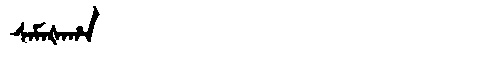
Manchu: ᠰᠠᠮᠠᡧᠠᡥᠠ
Romanization: SAMAŠAHA